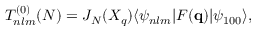
T _ { n l m } ^ { ( 0 ) } ( N ) = J _ { N } ( X _ { q } ) \langle \psi _ { n l m } | F ( \mathbf { q } ) | \psi _ { 1 0 0 } \rangle ,